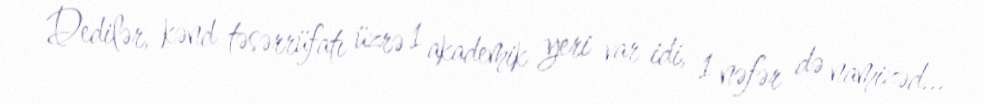
Dedilər, kənd təsərrüfatı üzrə 1 akademik yeri var idi, 1 nəfər də namizəd...